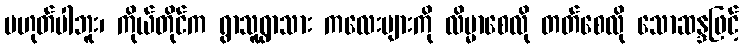
မဟုတ်ပါဘူး၊ ကိုယ်တိုင်က ရွာသူရွာသား ကလေးများကို လိမ္မာစေလို တတ်စေလို သောဆန္ဒဖြင့်